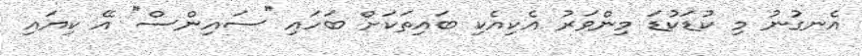
އެނގުނު މި ކުޑަކުޑަ މިންވަރު އެކިއެކި ބައިތަކަށް ބަހައި ''ސައިންސް'' އޭ ކިޔައި